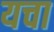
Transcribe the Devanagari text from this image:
यचा